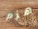
هزم